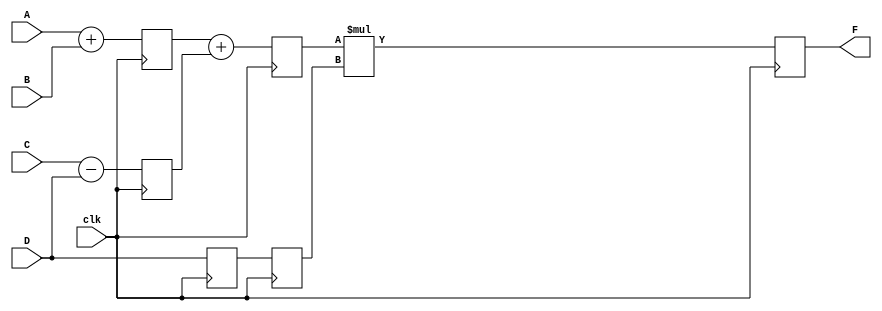
`timescale 1ns / 1ps
//////////////////////////////////////////////////////////////////////////////////
// Company: 
// Engineer: 
// 
// Design Name: 
// Module Name:    pipe_ex 
// Project Name: 
// Target Devices: 
// Tool versions: 
// Description: 
//
// Dependencies: 
//
// Revision: 
// Revision 0.01 - File Created
// Additional Comments: 
//
//////////////////////////////////////////////////////////////////////////////////
module pipe_ex(F,A,B,C,D,clk);
  parameter N = 10;
  input [N-1:0] A,B,C,D;
  input clk;
  output [N-1:0] F;
  reg [N-1:0] L12_x1, L12_x2, L12_D, L23_x3, L23_D, L34_F;
  assign F = L34_F;
  always @ (posedge clk)
   begin
	L12_x1 <= #4 A + B;
	L12_x2 <= #4 C - D;
	L12_D <= D;
	end
	always @ (posedge clk)
	begin
	L23_x3 <= #4 L12_x1 + L12_x2;
	L23_D <= L12_D;
	end
	always @ (posedge clk)
	L34_F <= #6 L23_x3 * L23_D;


endmodule